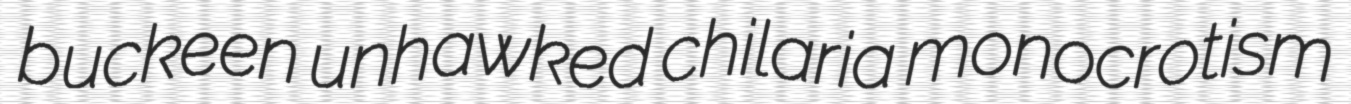
buckeen unhawked chilaria monocrotism